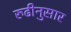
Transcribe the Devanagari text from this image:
रुढीनुसार